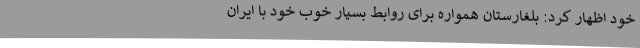
خود اظهار کرد: بلغارستان همواره برای روابط بسیار خوب خود با ایران